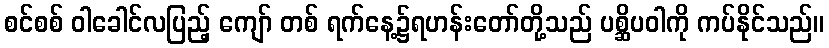
စင်စစ် ဝါခေါင်လပြည့် ကျော် တစ် ရက်နေ့၌ရဟန်းတော်တို့သည် ပစ္ဆိပဝါကို ကပ်နိုင်သည်။